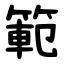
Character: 範